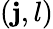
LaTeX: (\mathbf{j},l)